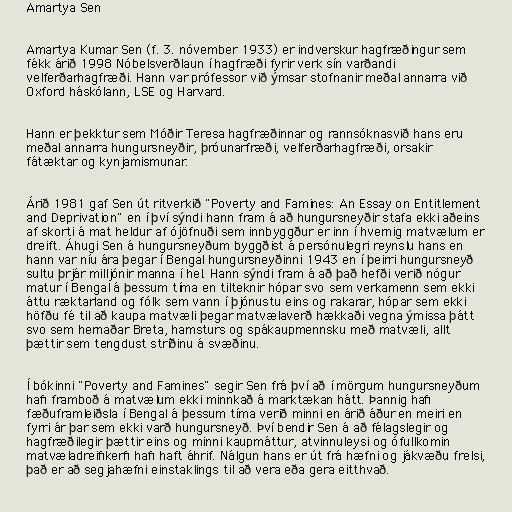
Amartya Sen

Amartya Kumar Sen (f. 3. nóvember 1933) er indverskur hagfræðingur sem
fékk árið 1998 Nóbelsverðlaun í hagfræði fyrir verk sín varðandi
velferðarhagfræði. Hann var prófessor við ýmsar stofnanir meðal annarra við
Oxford háskólann, LSE og Harvard.

Hann er þekktur sem Móðir Teresa hagfræðinnar og rannsóknasvið hans eru
meðal annarra hungursneyðir, þróunarfræði, velferðarhagfræði, orsakir
fátæktar og kynjamismunar.

Árið 1981 gaf Sen út ritverkið "Poverty and Famines: An Essay on Entitlement
and Deprivation" en í því sýndi hann fram á að hungursneyðir stafa ekki aðeins
af skorti á mat heldur af ójöfnuði sem innbyggður er inn í hvernig matvælum er
dreift. Áhugi Sen á hungursneyðum byggðist á persónulegri reynslu hans en
hann var níu ára þegar í Bengal hungursneyðinni 1943 en í þeirri hungursneyð
sultu þrjár milljónir manna í hel. Hann sýndi fram á að það hefði verið nógur
matur í Bengal á þessum tíma en tilteknir hópar svo sem verkamenn sem ekki
áttu ræktarland og fólk sem vann í þjónustu eins og rakarar, hópar sem ekki
höfðu fé til að kaupa matvæli þegar matvælaverð hækkaði vegna ýmissa þátt
svo sem hernaðar Breta, hamsturs og spákaupmennsku með matvæli, allt
þættir sem tengdust stríðinu á svæðinu.

Í bókinni "Poverty and Famines" segir Sen frá því að í mörgum hungursneyðum
hafi framboð á matvælum ekki minnkað á marktækan hátt. Þannig hafi
fæðuframleiðsla í Bengal á þessum tíma verið minni en árið áður en meiri en
fyrri ár þar sem ekki varð hungursneyð. Því bendir Sen á að félagslegir og
hagfræðilegir þættir eins og minni kaupmáttur, atvinnuleysi og ófullkomin
matvæladreifikerfi hafi haft áhrif. Nálgun hans er út frá hæfni og jákvæðu frelsi,
það er að segjahæfni einstaklings til að vera eða gera eitthvað.